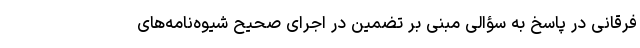
فرقانی در پاسخ به سؤالی مبنی بر تضمین در اجرای صحیح شیوه‌نامه‌های